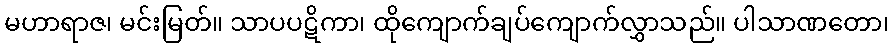
မဟာရာဇ၊ မင်းမြတ်။ သာပပဋိကာ၊ ထိုကျောက်ချပ်ကျောက်လွှာသည်။ ပါသာဏတော၊